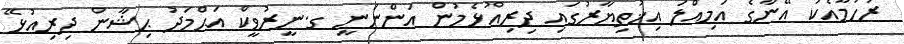
ރުހުމާއެކު އޭނާގެ އަމިއްލަ އިޚުތިޔާރުގައި ދިރިއުޅެމުން އަންނަނީ ގ.ނީރުވީކް އަޙްމަދު ޙިޝާން ދިރިއުޅޭ